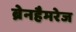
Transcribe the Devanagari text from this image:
ब्रेनहैमरेज